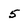
Character: 5